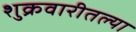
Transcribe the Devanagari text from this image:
शुक्रवारीतल्या